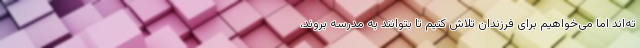
ته‌اند اما می‌خواهیم برای فرزندان تلاش کنیم تا بتوانند به مدرسه بروند،